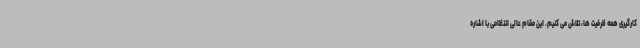
کارگیری همه ظرفیت ها، تلاش می کنیم. این مقام عالی انتظامی با اشاره